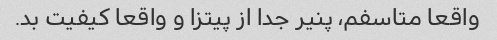
واقعا متاسفم، پنیر جدا از پیتزا و واقعا کیفیت بد.